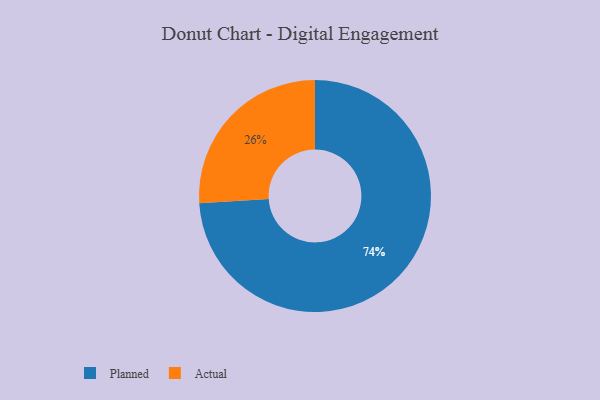
{"axis": {"x": "Category", "y": "Percentage"}, "legend": ["Actual", "Planned"], "data": [{"x": "Planned", "y": 74, "type": "Planned"}, {"x": "Actual", "y": 26, "type": "Actual"}]}